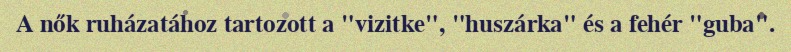
A nők ruházatához tartozott a "vizitke", "huszárka" és a fehér "guba".